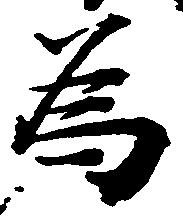
為